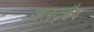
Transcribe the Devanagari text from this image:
जलद्श्चैव